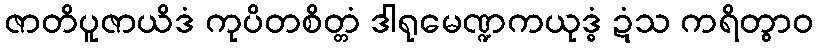
ဇာတိပူဇာယိဒံ ကုပိတစိတ္တံ ဒါရုမေဏ္ဍကယုဒ္ဓံ ဍံသ ကရိတွာဝ